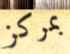
بمركز